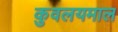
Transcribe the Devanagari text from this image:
कुवलयमाल